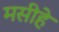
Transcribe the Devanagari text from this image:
मसीहे